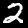
Label: 2